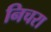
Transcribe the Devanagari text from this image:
निचरा